Materia medica of Madras volume I
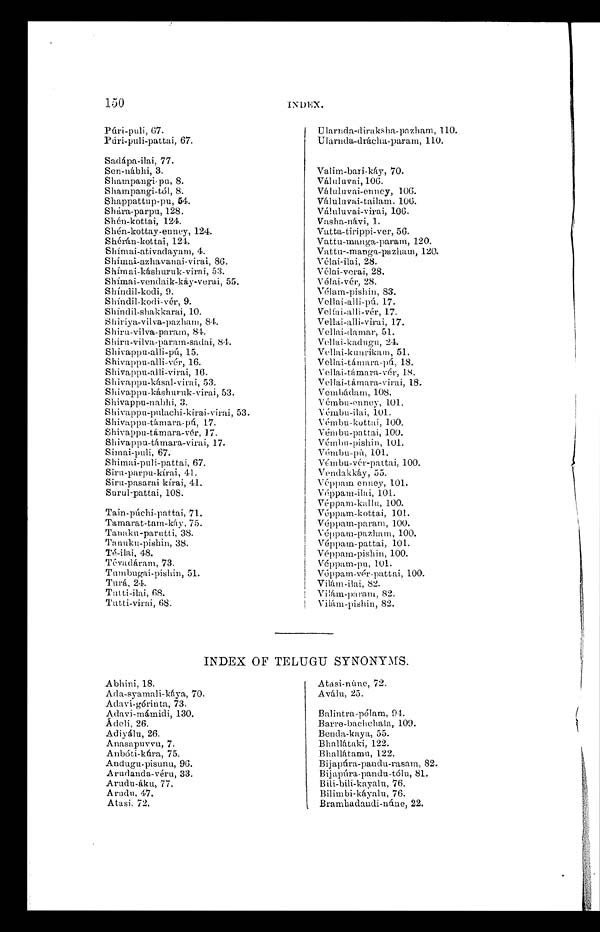
Abhini, 18.
Ada-syamali-káya, 70.
Adavi-górinta, 73.
Adavi-mámidi, 130.
Ádeli, 26.
Adiyálu, 26.
Anasapuvvu, 7.
Anbóti-kúra, 75.
Andugu-pisunu, 96.
Arudanda-véru, 33.
Arudu-áku, 77.
A rudu, 47.
Atasi, 72.
A t asi -úne nnnnn une, . 72
Aválu, 25.
Balintra-pólam, 94.
Barre-bachchala, 109.
Benda-kaya, 55.
Bhallátaki, 122.
Bhallátamu, 122.
Bijapúra-pandu-rasam, 82.
Bijapúra-pandu-tólu, 81.
Bili-bili-kayalu, 76.
Bilimbi-káyalu, 76.
Bramhadandi-núne, 22.
Púri-puli, 67.
Púri-puli-pattai, 67.
Sadápa-ilai, 77.
Sen-nábhi, 3.
Shampangi-pu, 8.
Shampangi-tól, 8.
Shappattup-pu, 54.
Shára-parpu, 128.
Shén-kottai, 124.
Shén-kottay-enney, 124.
Shérán-kottai, 124.
Shímai-ativadayam, 4.
Shímai-azhavanai-virai, 86.
Shímai-káshuruk-virai, 53.
Shímai-vendaik-káy-verai, 55.
Shíndil-kodi, 9.
Shíndil-kodi-vér, 9.
Shíndil-shakkarai, 10.
Shiriya-vilva-pazham, 84.
Shiru-vilva-param, 84.
Shiru-vilva-param-sadai, 84.
Shivappu-alli-pú, 15.
Shivappu-alli-vér, 16.
Shivappu-alli-virai, 16.
Shivappu-kásal-virai, 53.
Shivappu-káshuruk-virai, 53.
Shivappu-nabhi, 3.
Shivappu-pulachi-kirai-virai, 53.
Shivappu-támara-pú, 17.
Shivappu-támara-vér, 17.
Shivappu-támara-virai, 17.
Simai-puli, 67.
Shimai-puli-pattai, 67.
Siru-parpu-kírai, 41.
Siru-pasarai kírai, 41.
Surul-pattai, 108.
Tain-púchi-pattai, 71.
Tamarat-tam-káy, 75.
Tanaku-parutti, 38.
Tanuku-pishin, 38.
Té-ilai, 48.
Tévadáram, 73.
Tumbugai-pishin, 51.
Turá, 24.
Tutti-ilai, 68.
Tutti-virai, 68.
Ularnda-diraksha-pazham, 110.
Ularnda-drácha-param, 110.
Valim-bari-káy, 70.
Váluluvai,106.
Váluluvai-enney, 106.
Váluluvai-tailam. 106.
Váluluvai-virai, 106.
Vasha-návi, 1.
Vat t a-t i ri ppi -ver, 56.
Vattu-manga-param, 120.
Vattu--manga-pazham, 120.
Vé l a i - i l a i , 2 8 .
Vélai-verai, 28.
Vélai-vér, 28.
V é l a m - p i s h i n , 8 3 .
Vellai-alli-pú. 17.
Vellai-alli-vér, 17.
V e l l a i - a l l i - v i r a i , 1 7 .
Vellai-damar, 51.
Vellai-kadugu, 24.
Vellai-kunrikam, 51.
Vellai-támara-pú, 18.
Vellai-támara-vér, 18.
Vellai-támara-virai, 18
.
Vembádam, 108.
Vémbu-enney, 101.
Vémbu-ilai, 101.
Vémbu-kottai, 100.
Vémbu-pat t ai , 100.
Vémbu-pishin, 101.
Vémbu-pú, 101
.
Vémbu-vér-pattai, 100.
V e n d a k k á y , 5 5 .
Véppam enney, 101 .
V é p p a m - i l a i , 1 0 1
.
Véppam- kal l u, 100.
Vé p p a m- k o t t a i , 1 0 1 .
Véppam-param, 100.
Véppam-pazham, 100.
Véppam-pattai, 101.
Véppam-pishin, 100.
Véppam-pu, 101.
Véppam-vér-pattai, 100.
Vilám-ilai, 82.
V i l á m - p a r a m , 8 2 .
Vilám-pishin, 82.
INDEX OF TELUGU SYNONYMS.